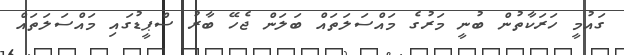
ގައުމީ ހަރަކާތުން ބުނީ މަރުގެ މައްސަލަތައް ބަލަން ޖެހޭ ބާރު ސްޕީޑުގައި މައްސަލަތައް